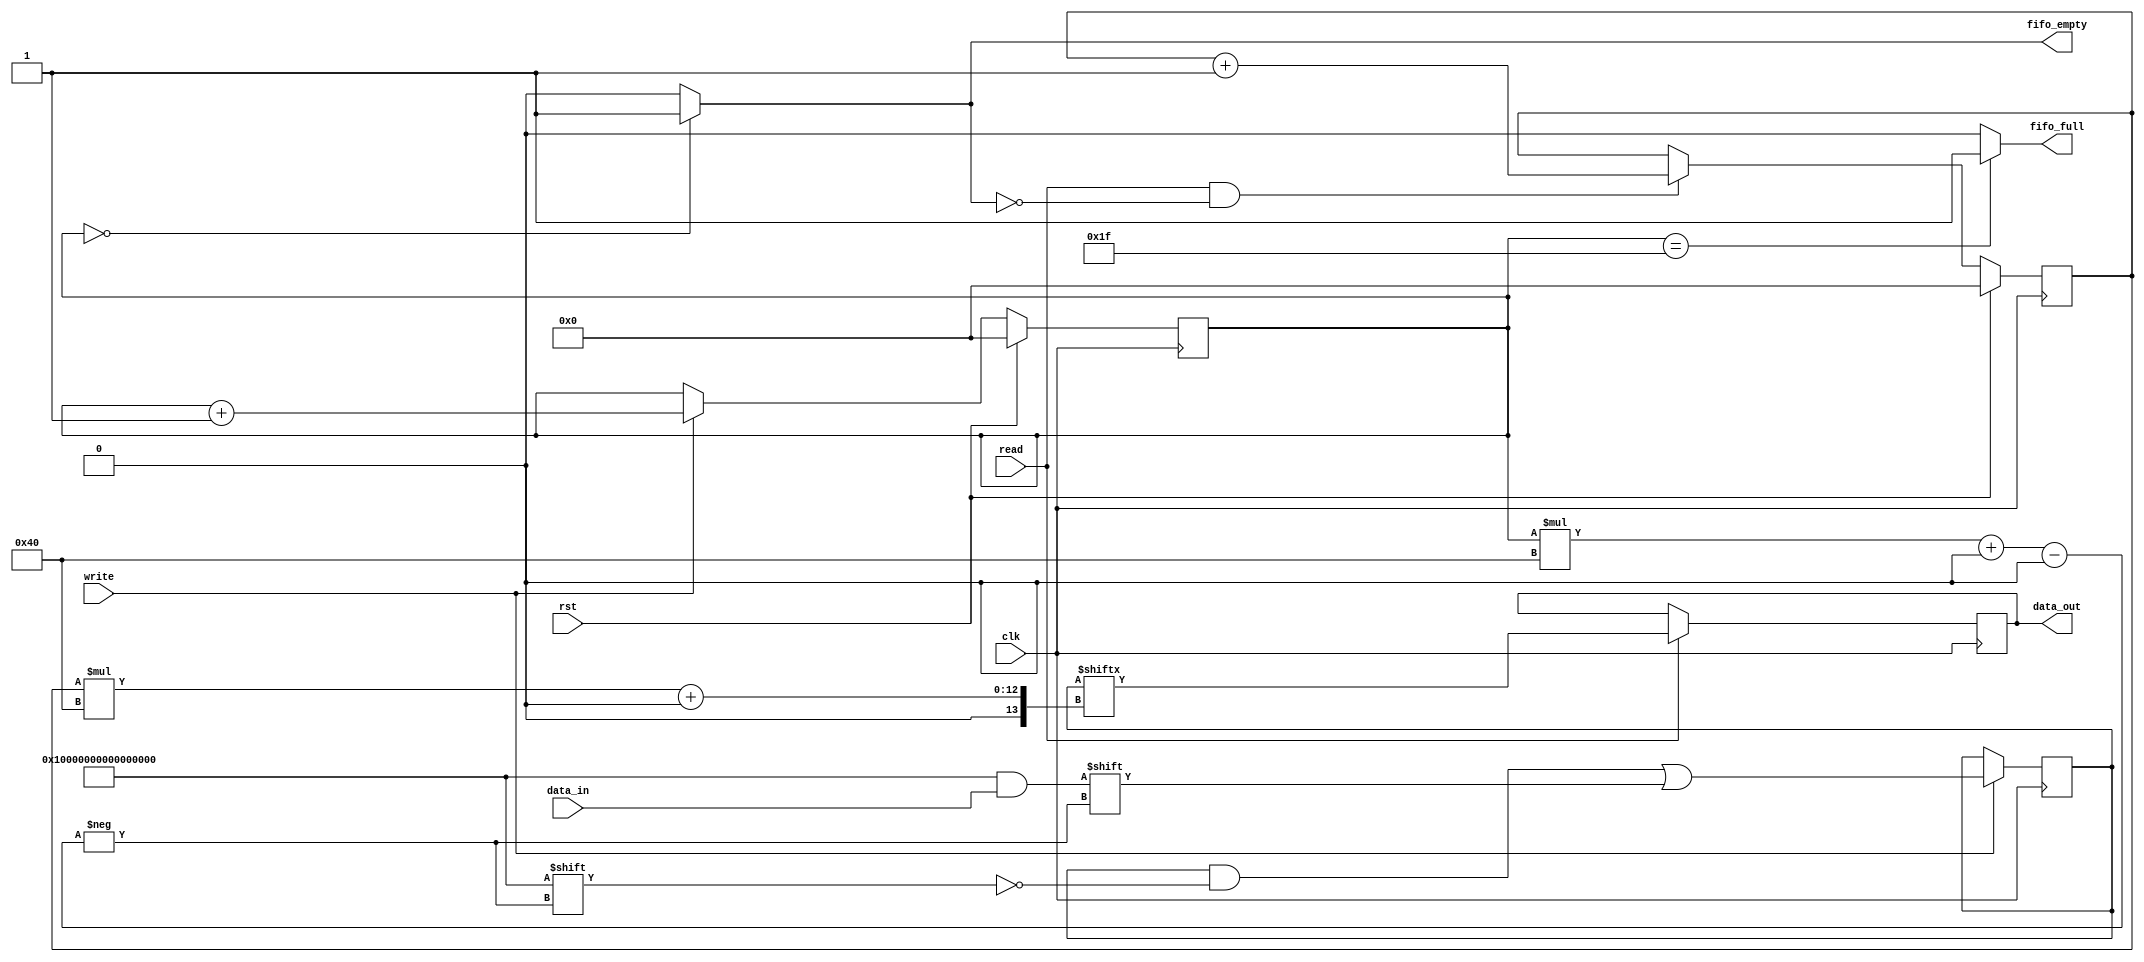
/**
 * Generic FIFO.
 *
 * Parameters:
 *  WIDTH: Width of the data on the FIFO, default to 4.
 *  DEPTH: Depth of the FIFO, default to 4.
 *
 * Input signals:
 *  data_in: Data input, width controlled with WIDTH parameter.
 *  clk: Clock input.
 *  write: Enable writing into the FIFO.
 *  read: Enable reading from the FIFO.
 *
 * Output signals:
 *  data_out: Data output, witdh controlled with WIDTH parameter.
 *  fifo_full: 1bit signal, indicate when the FIFO is full.
 *  fifo_empty: 1bit signal, indicate when the FIFO is empty.
 *  fifo_not_empty: 1bit signal, indicate when the FIFO is not empty.
 *  fifo_not_full: 1bit signal, indicate when the FIFO is not full.
 *
**/

//`timescale 1ns / 1ps
`default_nettype none

module syn_fifo #(
    parameter WIDTH = 64,
    parameter DEPTH = 32
)(
    input wire [WIDTH-1:0] data_in,
    input wire clk,
    input wire rst,
    input wire write,
    input wire read,
    output reg [WIDTH-1:0] data_out,
    output wire fifo_full,
    output wire fifo_empty
  //  output wire fifo_not_empty,
//    output wire fifo_not_full
);

    // memory will contain the FIFO data.
    // $clog2(DEPTH+1) == bits-to-address-DEPTH
    //reg [WIDTH-1:0] memory [0:$clog2(DEPTH+1)];
    reg [DEPTH*WIDTH-1:0] memory;
    // $clog2(DEPTH+1)-2 to count from 0 to DEPTH
    reg [$clog2(DEPTH)-1:0] write_ptr;
    reg [$clog2(DEPTH)-1:0] read_ptr;

    // Initialization
    initial begin

        // Init both write_cnt and read_cnt to 0
        write_ptr = 0;
        read_ptr = 0;

        // Display error if WIDTH is 0 or less.
        if ( WIDTH <= 0 ) begin
            $error("%m ** Illegal condition **, you used %d WIDTH", WIDTH);
        end
        // Display error if DEPTH is 0 or less.
        if ( DEPTH <= 0) begin
            $error("%m ** Illegal condition **, you used %d DEPTH", DEPTH);
        end

    end // end initial

    assign fifo_empty   = ( write_ptr == 0 ) ? 1'b1 : 1'b0;
    assign fifo_full    = ( write_ptr == (DEPTH-1) ) ? 1'b1 : 1'b0;
  //  assign fifo_not_empty = ~fifo_empty;
  //  assign fifo_not_full = ~fifo_full;

    always @ (posedge clk) begin
        if ( write ) begin
            memory[write_ptr*WIDTH+:WIDTH] <= data_in;
            //memory[write_ptr] <= data_in;
        end

        if ( read ) begin
            data_out <= memory[read_ptr*WIDTH+:WIDTH];
            //data_out <= memory[read_ptr];
        end

    end

    always @ ( posedge clk) begin
        if ( rst ) begin
          read_ptr <= 0;
          write_ptr <= 0;
        end
        else begin
        if ( write ) begin
            write_ptr <= write_ptr + 1;
        end

        if ( read && !fifo_empty) begin
            read_ptr <= read_ptr + 1;
        end
        end
    end


endmodule